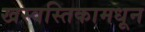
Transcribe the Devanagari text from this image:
खस्वस्तिकामधून